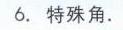
6. 特殊角.